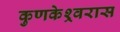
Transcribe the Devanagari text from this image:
कुणकेश्र्वरास